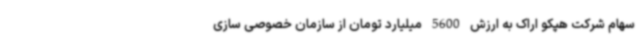
سهام شرکت هپکو اراک به ارزش 5600 میلیارد تومان از سازمان خصوصی سازی